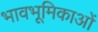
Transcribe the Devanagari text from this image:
भावभूमिकाओं